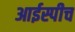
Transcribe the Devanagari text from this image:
आईस्पीच